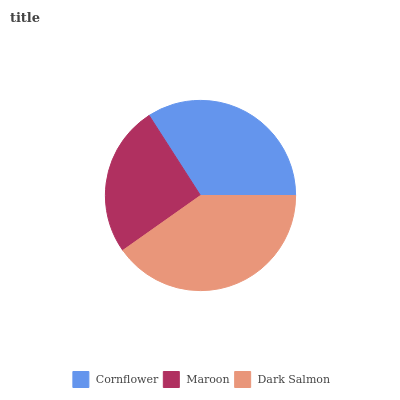
| Cornflower | Maroon | Dark Salmon |
 | --- | --- | --- |
 | 34% | 25.8% | 40.2% |